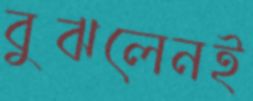
বুঝলেনই